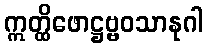
ဣတ္ထိဖောဋ္ဌဗ္ဗဝသာနုဂါ